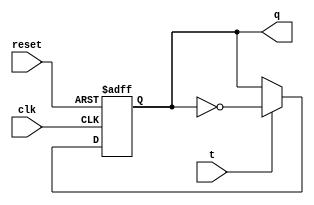
module FFT (
    input clk, t, reset,
    output reg q
);
    always @(posedge clk, posedge reset) begin
        if (reset) begin
            q<=1'b0;
        end
        else begin
            if (t) begin
                q<=~q;
            end
            else begin
                q<=q;
            end
        end
    end
endmodule